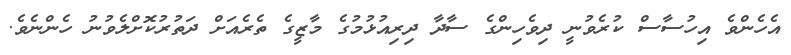
އެހެންވެ އިހުސާސް ކުރެވުނީ ދިވެހިންގެ ސާދާ ދިރިއުޅުމުގެ މާޒީގެ ތެރެއަށް ދަތުރުކޮށްލެވުނު ހެންނެވެ.